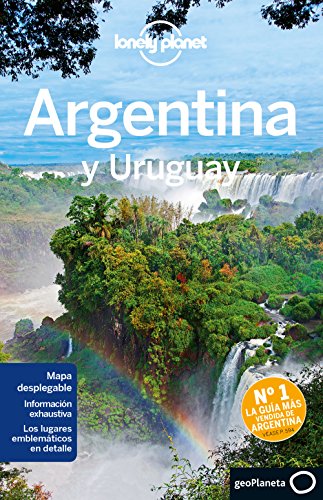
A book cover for Lonely Planet Argentina (Travel Guide) (Spanish Edition); Lonely Planet; Travel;